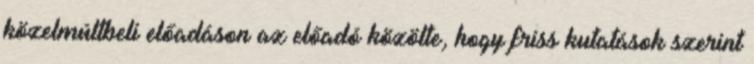
közelmúltbeli előadáson az előadó közölte, hogy friss kutatások szerint